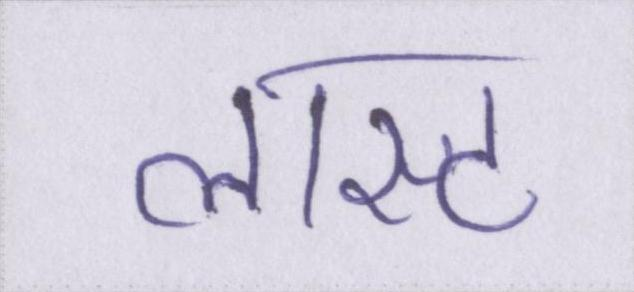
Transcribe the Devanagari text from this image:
लास्ट